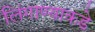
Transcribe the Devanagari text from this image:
लिंगाण्याकडे